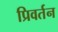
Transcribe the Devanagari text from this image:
प्रिवर्तन